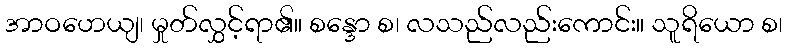
အာဝဟေယျ၊ မှုတ်လွှင့်ရာ၏။ စန္ဒော စ၊ လသည်လည်းကောင်း။ သူရိယော စ၊